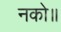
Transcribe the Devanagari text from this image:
नको॥